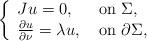
LaTeX: \begin{align*}\left\{\begin{array}{lll}Ju=0,&\mbox{ on }\Sigma,\\\frac{\partial u}{\partial \nu}=\lambda u,&\mbox{ on }\partial\Sigma,\end{array}\right.\end{align*}